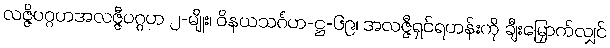
လဇ္ဇိပဂ္ဂဟအလဇ္ဇီပဂ္ဂဟ ၂-မျိုး၊ ဝိနယသင်္ဂဟ-ဋ္ဌ-၆၉၊ အလဇ္ဇီရှင်ရဟန်းကို ချီးမြှောက်လျှင်